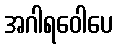
အဂါရဝေါပေ